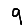
Digit: 9